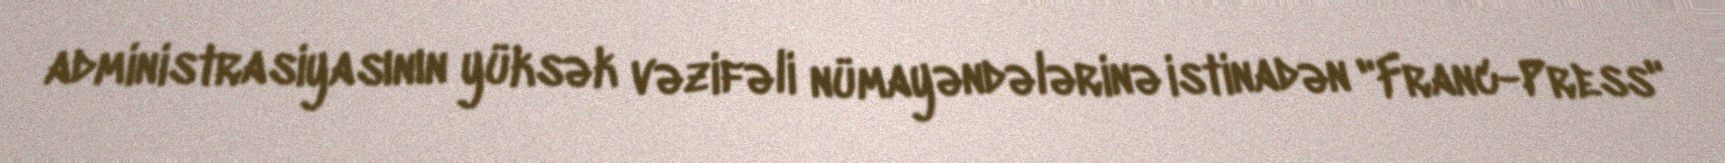
administrasiyasının yüksək vəzifəli nümayəndələrinə istinadən "Franc-Press"